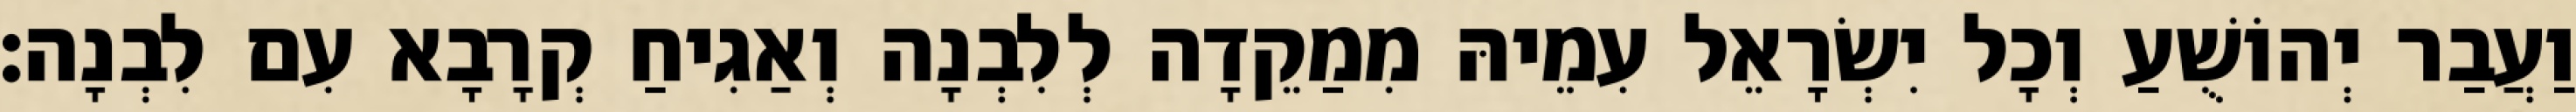
וַעֲבַר יְהוֹשֻׁעַ וְכָל יִשְׂרָאֵל עִמֵיהּ מִמַקֵדָה לְלִבְנָה וְאַגִיחַ קְרָבָא עִם לִבְנָה׃